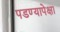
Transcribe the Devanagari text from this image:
पडण्यापेक्षा